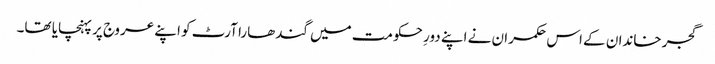
گجر خاندان کے اس حکمران نے اپنے دورِ حکومت میں گندھارا آرٹ کو اپنے عروج پر پہنچایا تھا۔